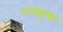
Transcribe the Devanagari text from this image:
रामकुन्ड